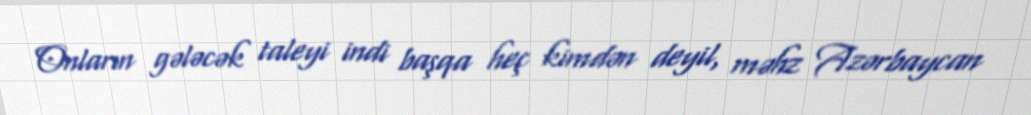
Onların gələcək taleyi indi başqa heç kimdən deyil, məhz Azərbaycan